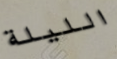
الليلة